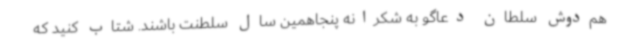
هم‌دوش سلطان دعاگو به شکرانه پنجاهمین سال سلطنت باشند. شتاب کنید که